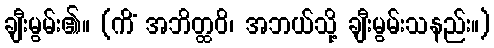
ချီးမွမ်း၏။ (ကိံ အဘိတ္ထဝိ၊ အဘယ်သို့ ချီးမွမ်းသနည်း။)